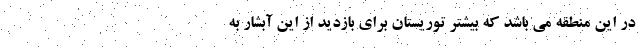
در این منطقه می باشد که بیشتر توریستان برای بازدید از این آبشار به